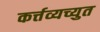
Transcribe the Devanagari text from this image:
कर्त्तव्यच्युत